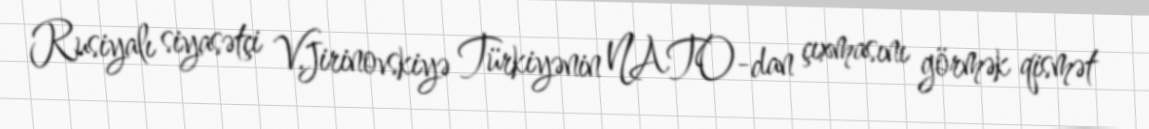
Rusiyalı siyasətçi V.Jirinovskiyə Türkiyənin NATO-dan çıxmasını görmək qismət